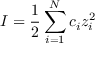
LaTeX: I = { \frac { 1 } { 2 } } \sum _ { i = 1 } ^ { N } c _ { i } z _ { i } ^ { 2 }